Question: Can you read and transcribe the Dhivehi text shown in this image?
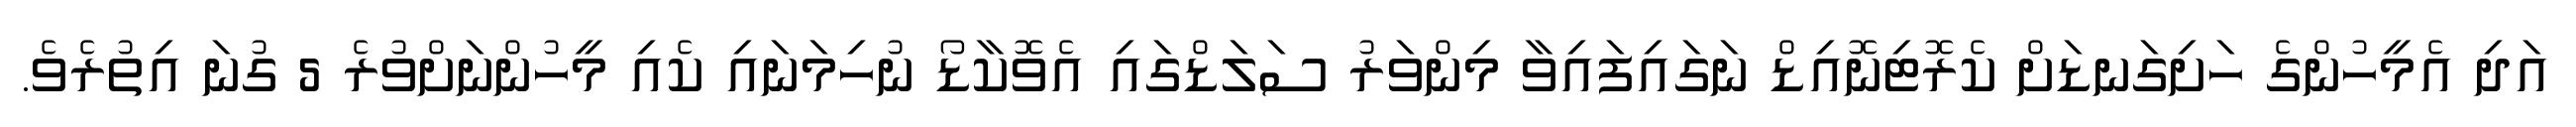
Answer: އަދި އެމީހުންގެ ހަށިގަނޑަށް ކެރޮޓިނޮއިޑް ނަގައިފައިވާ މިންވަރު ސަލަޑްގައި އެވޮކާޑޯ ނުހިމަނައި ކެއި މީހުންނަށްވުރެ 5 ގުނަ އިތުރެވެ.